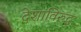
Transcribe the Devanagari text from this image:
देशांविरुद्ध